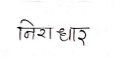
मजकूर: निराधार